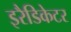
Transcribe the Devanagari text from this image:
इरैडिकेटर